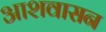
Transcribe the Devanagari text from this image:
आशवासन